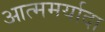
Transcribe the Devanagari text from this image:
आत्ममर्यादा